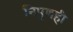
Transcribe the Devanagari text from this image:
निपुणही